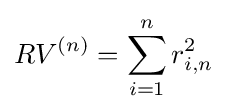
RV^{(n)}=\sum _{i=1}^{n}r_{i,n}^{2}